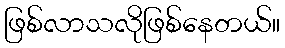
ဖြစ်လာသလိုဖြစ်နေတယ်။